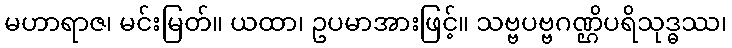
မဟာရာဇ၊ မင်းမြတ်။ ယထာ၊ ဥပမာအားဖြင့်။ သဗ္ဗပဗ္ဗဂဏ္ဌိပရိသုဒ္ဓဿ၊